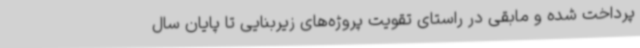
پرداخت شده و مابقی در راستای تقویت پروژه‌های زیربنایی تا پایان سال